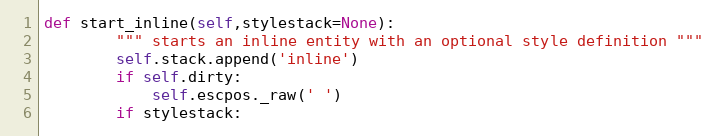
Language: Python
def start_inline(self,stylestack=None):
        """ starts an inline entity with an optional style definition """
        self.stack.append('inline')
        if self.dirty:
            self.escpos._raw(' ')
        if stylestack: